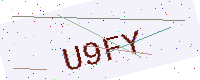
Text: U9FY